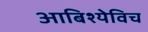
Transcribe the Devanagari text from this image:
आबिश्येविच